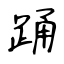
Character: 踊